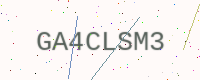
Text: GA4CLSM3